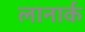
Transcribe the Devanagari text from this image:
लानार्क